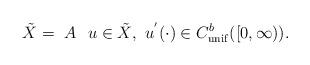
LaTeX: \begin{align*}\tilde X= \,\, A\,\, \,\, u\in \tilde X,\,\, u^{'}(\cdot)\in C_{\rm unif}^b([0,\infty)).\end{align*}